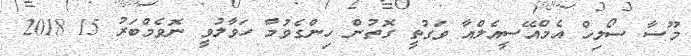
މޫސާ ސޯލިހް އެމްއޭސީއެލްއާ ވަގުތީ ގޮތުން ހިންގެވުމާ ހަވާލުވީ ނޮވެމްބަރު 15 2018